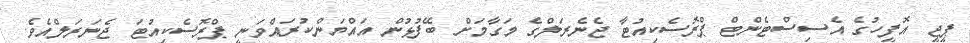
ޕީޖީ އޮފީހުގެ އެސިސްޓެންޓް ޕްރޮސެކިއުޓާ ޖެނެރަލްގެ މަގާމަށް ބޭފުޅުން އައްޔަންކުރައްވަނީ ޕްރޮސެކިއުޓަ ޖެނަރަލްއެވެ.